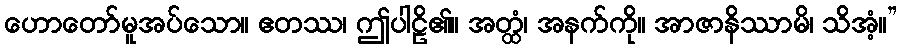
ဟောတော်မူအပ်သော။ ဧတဿ၊ ဤပါဠိ၏။ အတ္ထံ၊ အနက်ကို။ အာဇာနိဿာမိ၊ သိအံ့။”